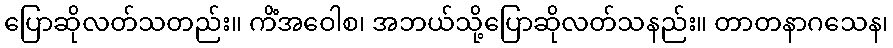
ပြောဆိုလတ်သတည်း။ ကိံအဝေါစ၊ အဘယ်သို့ပြောဆိုလတ်သနည်း။ တာတနာဂသေန၊